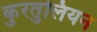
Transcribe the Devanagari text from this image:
कुरतुलियन